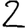
Digit: 2